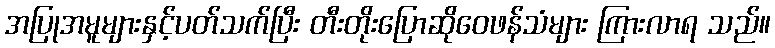
အပြုအမူများနှင့်ပတ်သက်ပြီး တီးတိုးပြောဆိုဝေဖန်သံများ ကြားလာရ သည်။